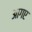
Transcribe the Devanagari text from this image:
आगए